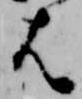
は